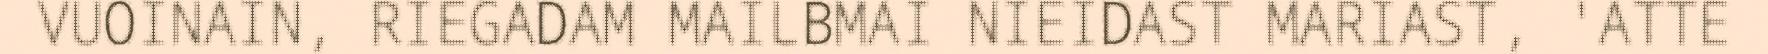
VUOINAIN, RIEGADAM MAILBMAI NIEIDAST MARIAST, 'ATTE